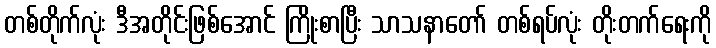
တစ်တိုက်လုံး ဒီအတိုင်းဖြစ်အောင် ကြိုးစာပြီး သာသနာတော် တစ်ရပ်လုံး တိုးတက်ရေးကို